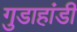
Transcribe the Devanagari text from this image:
गुडाहांडी